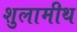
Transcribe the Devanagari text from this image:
शुलामीथ